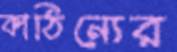
কাঠিন্যের